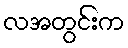
လအတွင်းက